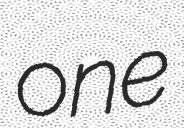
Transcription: one